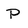
Character: P